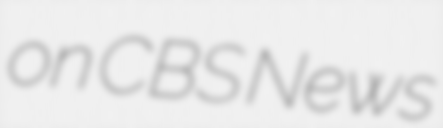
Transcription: on CBS News